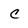
Character: c